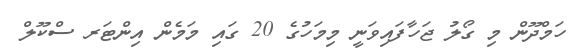
ހަމްދޫން މި ގޯލު ޖަހާފައިވަނީ މިމަހުގެ 20 ގައި މަމެން އިންޓަރ ސްކޫލް